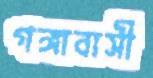
গঙ্গাবাসী